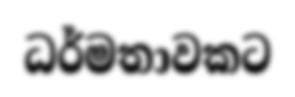
ධර්මතාවකට